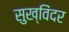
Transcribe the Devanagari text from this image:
सुख्विंदर